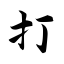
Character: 打